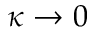
\kappa \rightarrow 0